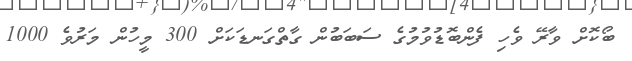
ބޯކޮށް ވާރޭ ވެހި ފެންބޮޑުވުމުގެ ސަބަބުން ގާތްގަނޑަކަށް 300 މީހުން މަރުވެ 1000